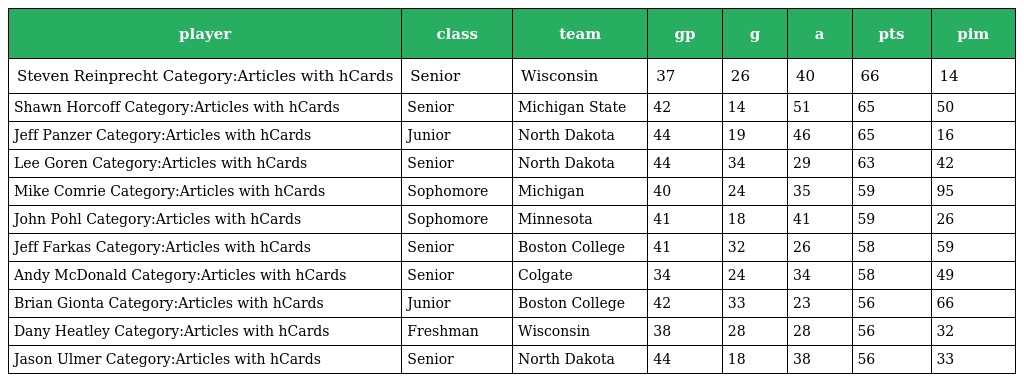
| player | class | team | gp | g | a | pts | pim |
 | --- | --- | --- | --- | --- | --- | --- | --- |
 | Steven Reinprecht Category:Articles with hCards | Senior | Wisconsin | 37 | 26 | 40 | 66 | 14 |
 | Shawn Horcoff Category:Articles with hCards | Senior | Michigan State | 42 | 14 | 51 | 65 | 50 |
 | Jeff Panzer Category:Articles with hCards | Junior | North Dakota | 44 | 19 | 46 | 65 | 16 |
 | Lee Goren Category:Articles with hCards | Senior | North Dakota | 44 | 34 | 29 | 63 | 42 |
 | Mike Comrie Category:Articles with hCards | Sophomore | Michigan | 40 | 24 | 35 | 59 | 95 |
 | John Pohl Category:Articles with hCards | Sophomore | Minnesota | 41 | 18 | 41 | 59 | 26 |
 | Jeff Farkas Category:Articles with hCards | Senior | Boston College | 41 | 32 | 26 | 58 | 59 |
 | Andy McDonald Category:Articles with hCards | Senior | Colgate | 34 | 24 | 34 | 58 | 49 |
 | Brian Gionta Category:Articles with hCards | Junior | Boston College | 42 | 33 | 23 | 56 | 66 |
 | Dany Heatley Category:Articles with hCards | Freshman | Wisconsin | 38 | 28 | 28 | 56 | 32 |
 | Jason Ulmer Category:Articles with hCards | Senior | North Dakota | 44 | 18 | 38 | 56 | 33 |